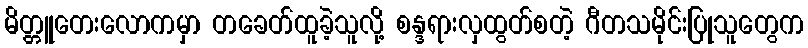
မိတ္တူတေးလောကမှာ တခေတ်ထူခဲ့သူလို့ စန္ဒရားလှထွတ်စတဲ့ ဂီတသမိုင်းပြုသူတွေက